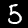
Digit: 5